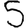
Digit: 5